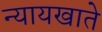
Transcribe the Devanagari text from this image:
न्यायखाते